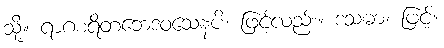
သို့။ ရာဂစရိတဘေဒဝသေနပိ၊ ဖြင့်လည်း။ ဒသဓာ၊ ဖြင့်။